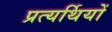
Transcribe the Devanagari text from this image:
प्रत्यर्थियों